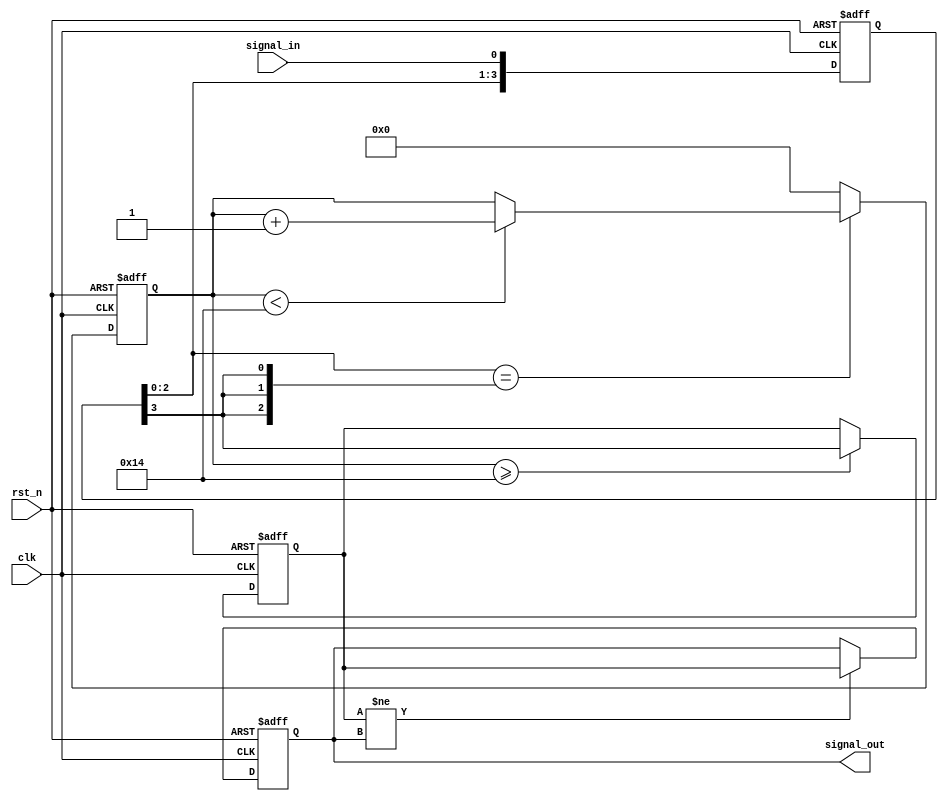
module DebouncedEdgeDetector (
    input wire clk,                // Clock input
    input wire rst_n,              // Active low reset
    input wire signal_in,          // Input signal (e.g., switch)
    output reg signal_out          // Debounced output signal
);

    // Parameters
    parameter DEBOUNCE_TIME = 20;  // Number of clock cycles for debouncing
    parameter MEMORY_DEPTH = 4;     // Number of memory blocks to store states

    // Memory to store the input signal states
    reg [MEMORY_DEPTH-1:0] signal_mem; // Memory blocks to store past states
    reg [4:0] debounce_counter;         // Counter for debounce timing
    reg stable_signal;                  // Stable signal after debouncing

    // State machine to detect edges
    always @(posedge clk or negedge rst_n) begin
        if (!rst_n) begin
            signal_mem <= 0;
            debounce_counter <= 0;
            stable_signal <= 0;
            signal_out <= 0;
        end else begin
            // Shift the input signal into memory
            signal_mem <= {signal_mem[MEMORY_DEPTH-2:0], signal_in};

            // Check if the last MEMORY_DEPTH states are the same
            if (signal_mem == {MEMORY_DEPTH{signal_mem[MEMORY_DEPTH-1]}}) begin
                // If stable, increment the debounce counter
                if (debounce_counter < DEBOUNCE_TIME) begin
                    debounce_counter <= debounce_counter + 1;
                end
            end else begin
                // Reset the debounce counter if a change is detected
                debounce_counter <= 0;
            end

            // Update stable signal if debounce counter has reached the threshold
            if (debounce_counter >= DEBOUNCE_TIME) begin
                stable_signal <= signal_mem[MEMORY_DEPTH-1];
            end

            // Update the output signal on stable transitions
            if (stable_signal != signal_out) begin
                signal_out <= stable_signal;
            end
        end
    end

endmodule